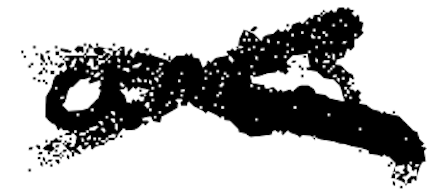
Text: arts.
Cross-out: cross
Writing tool: digital_black